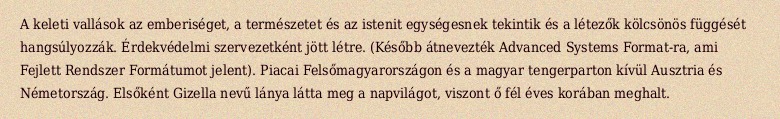
A keleti vallások az emberiséget, a természetet és az istenit egységesnek tekintik és a létezők kölcsönös függését hangsúlyozzák. Érdekvédelmi szervezetként jött létre. (Később átnevezték Advanced Systems Format-ra, ami Fejlett Rendszer Formátumot jelent). Piacai Felsőmagyarországon és a magyar tengerparton kívül Ausztria és Németország. Elsőként Gizella nevű lánya látta meg a napvilágot, viszont ő fél éves korában meghalt.